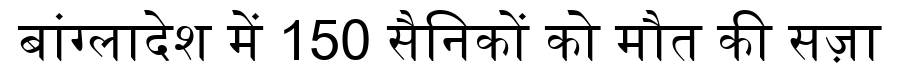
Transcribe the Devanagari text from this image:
बांग्लादेश में 150 सैनिकों को मौत की सज़ा